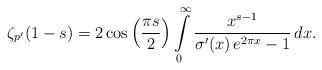
LaTeX: \begin{align*}\zeta_{p^{\prime}}(1-s)=2\cos\left(\frac{\pi s}{2}\right)\intop_{0}^{\infty}\frac{x^{s-1}}{\sigma^{\prime}(x)\,e^{2\pi x}-1}\,dx.\end{align*}